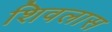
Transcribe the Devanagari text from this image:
शिवलास